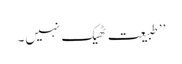
’’طبیعت ٹھیک نہیں۔